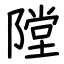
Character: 隚